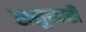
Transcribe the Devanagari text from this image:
समुन्दरी